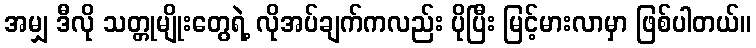
အမျှ ဒီလို သတ္တုမျိုးတွေရဲ့ လိုအပ်ချက်ကလည်း ပိုပြီး မြင့်မားလာမှာ ဖြစ်ပါတယ်။